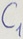
Text: C1